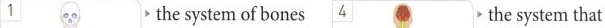
1 the system of bones the system that